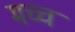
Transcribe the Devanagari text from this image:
मच्च